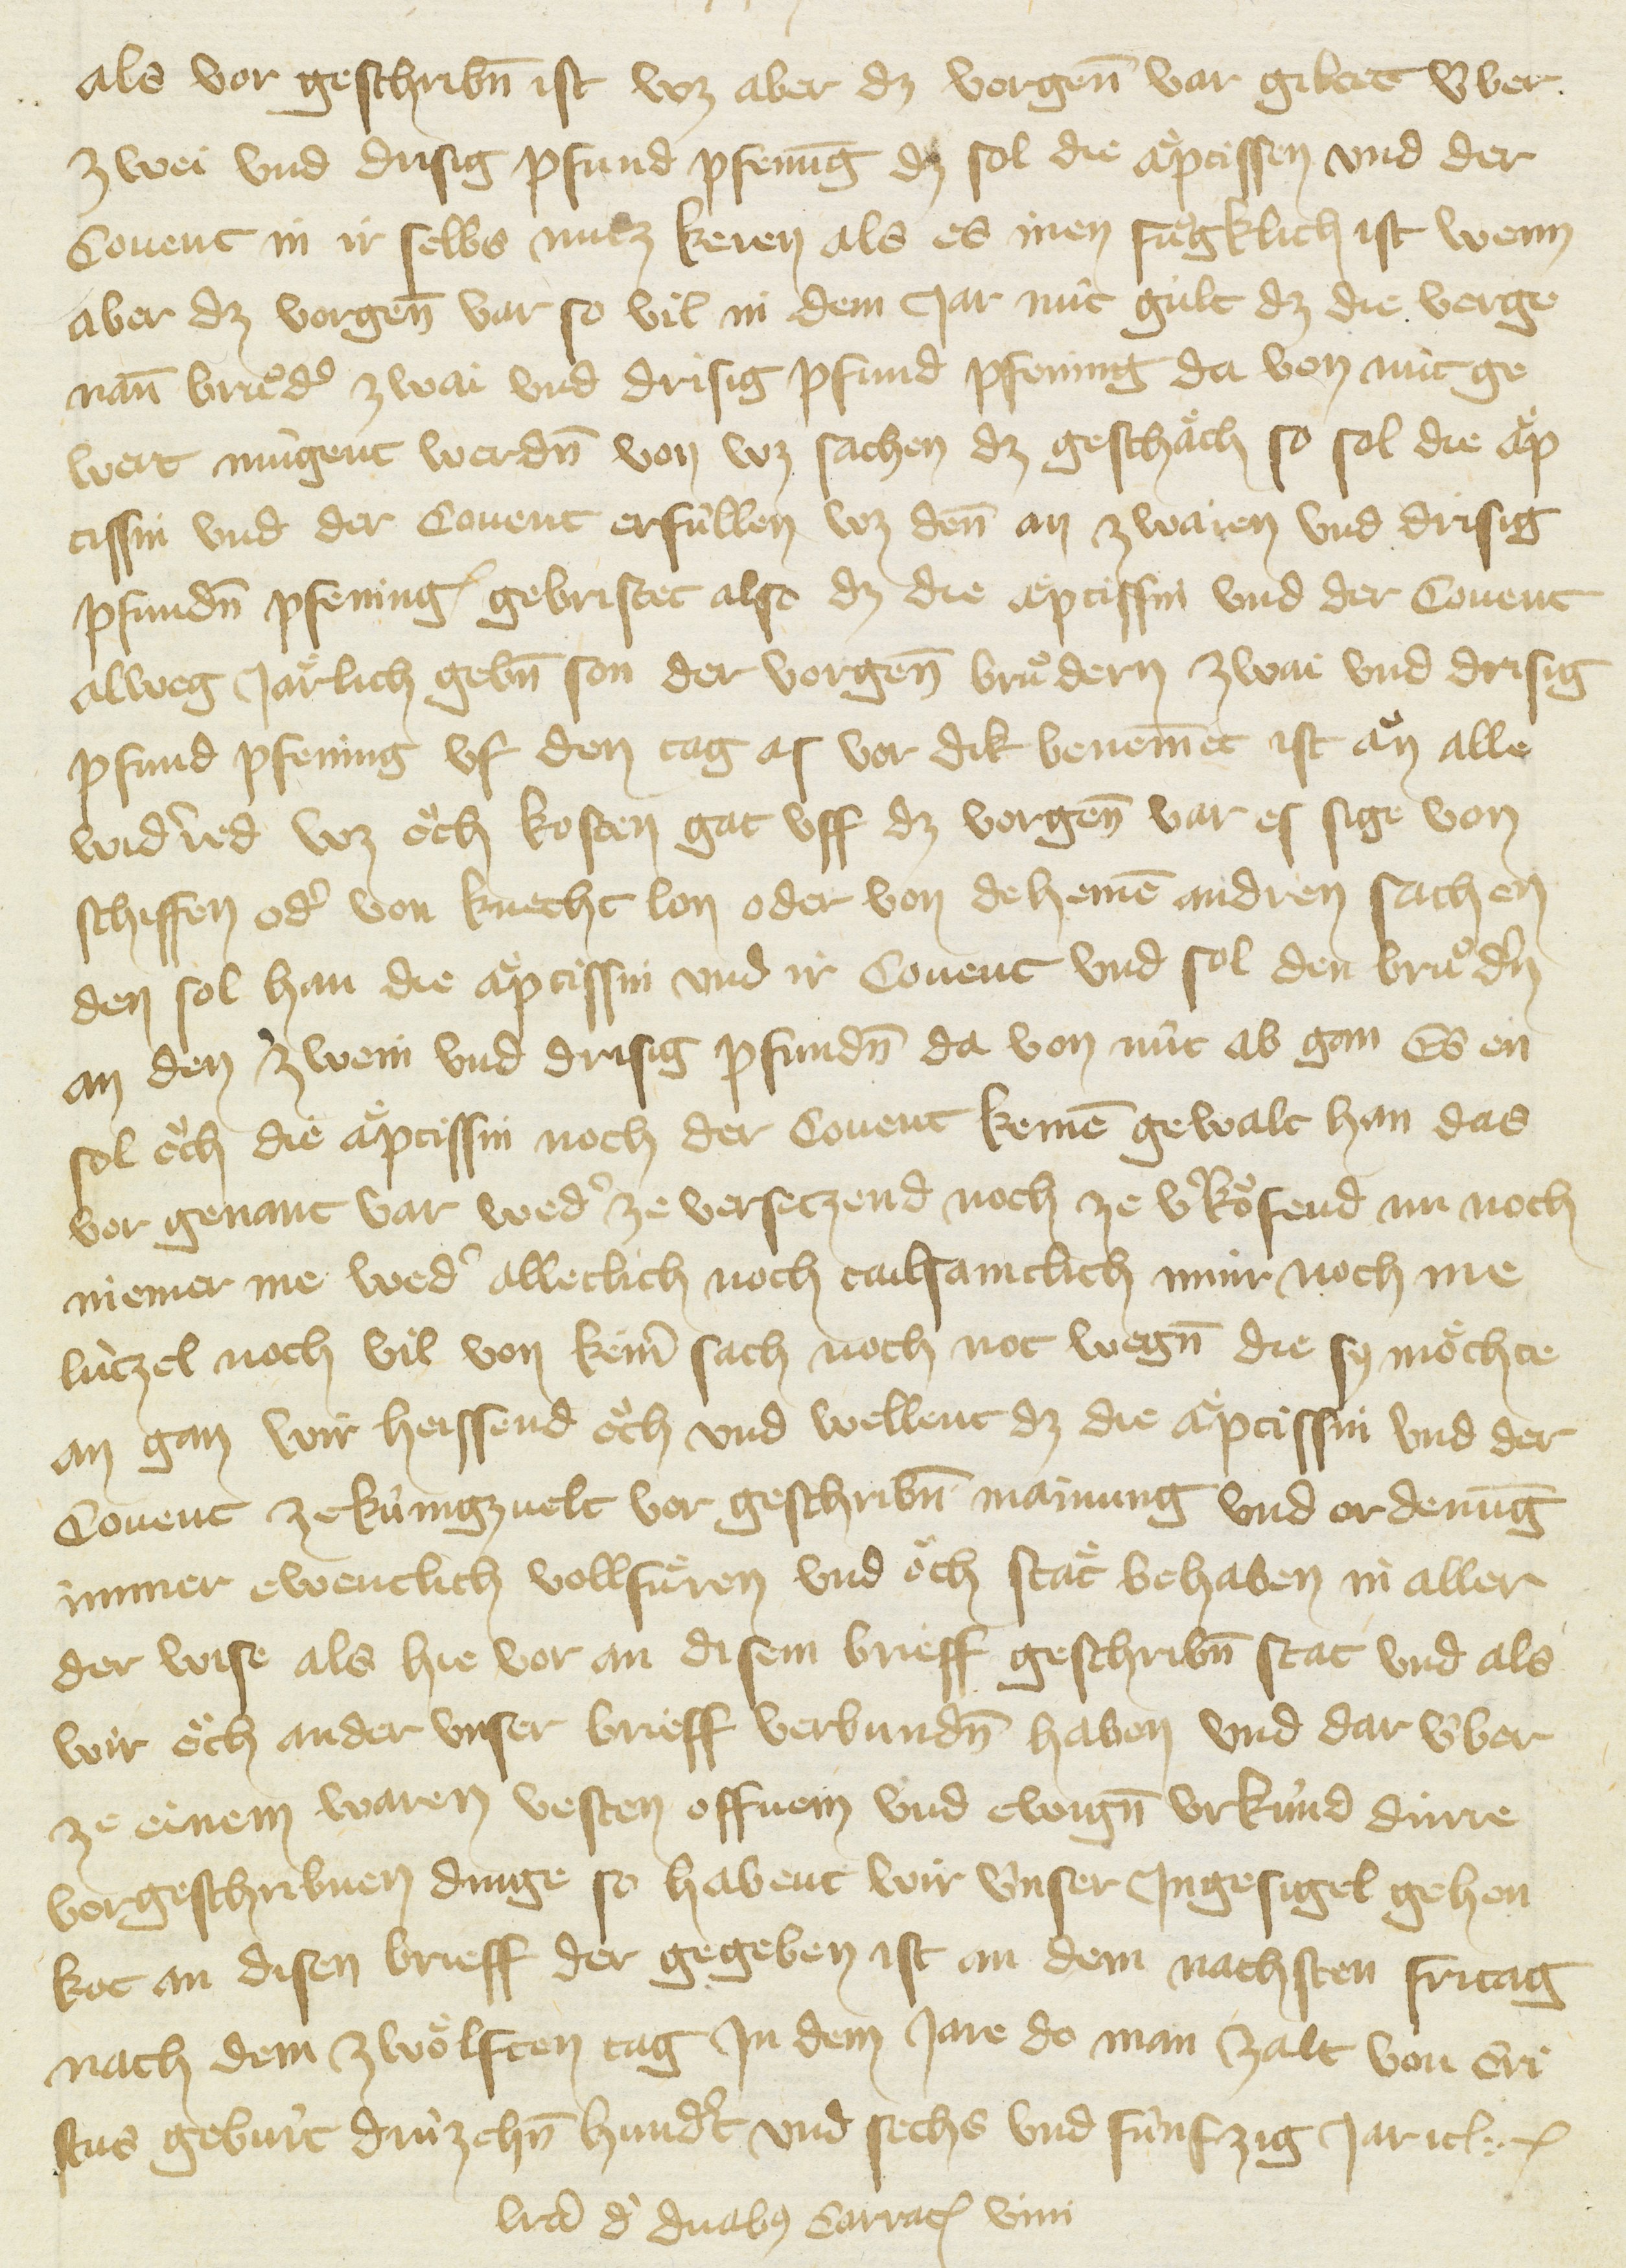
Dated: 1416–1418